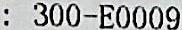
: 300-E0009